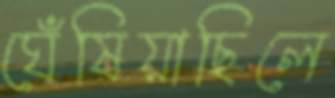
ঘেঁষিয়াছিলে